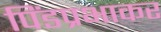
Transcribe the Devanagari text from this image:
पिंडप्रभाकर